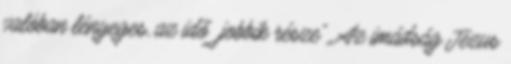
valóban lényeges, az idő „jobbik része”. Az imádság Jézus